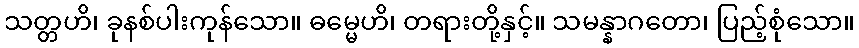
သတ္တဟိ၊ ခုနစ်ပါးကုန်သော။ ဓမ္မေဟိ၊ တရားတို့နှင့်။ သမန္နာဂတော၊ ပြည့်စုံသော။